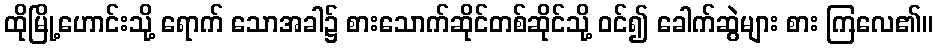
ထိုမြို့ဟောင်းသို့ ရောက် သောအခါ၌ စားသောက်ဆိုင်တစ်ဆိုင်သို့ ဝင်၍ ခေါက်ဆွဲများ စား ကြလေ၏။